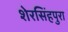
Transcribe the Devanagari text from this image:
शेरसिंहपुरा